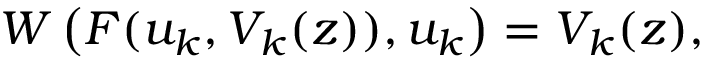
W \left( F ( u _ { k } , V _ { k } ( z ) ) , u _ { k } \right) = V _ { k } ( z ) ,